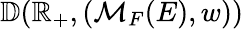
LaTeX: \mathbb{D}(\mathbb{R}_{+},(\mathcal{M}_{F}(E),w))